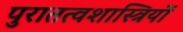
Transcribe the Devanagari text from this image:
पुरातत्‍वशास्त्रियों